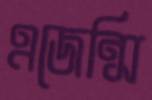
এজেন্সি